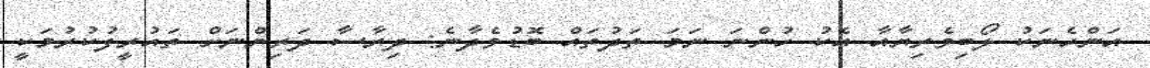
އަންހެނަކު ލޯބިވެރިޔާއާ އެކު ހުންނަ ނަމަ ތަދުތައް ބޮޑުވެދާނެ: ދިރާސާ ދަރިންނަށް ތައުރީފުކުރުމަކީ